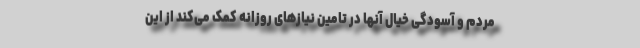
مردم و آسودگی خیال آنها در تامین نیازهای روزانه کمک می‌کند از این